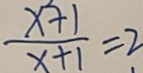
\frac { x ^ { 2 } + 1 } { x + 1 } = 2